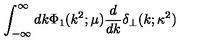
\int _ { - \infty } ^ { \infty } d k \Phi _ { 1 } ( k ^ { 2 } ; \mu ) \frac { d } { d k } \delta _ { \perp } ( k ; \kappa ^ { 2 } )